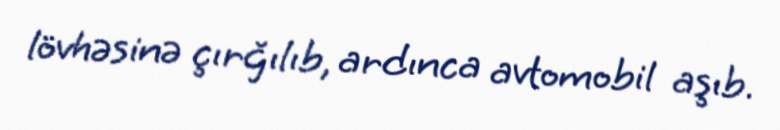
lövhəsinə çırğılıb, ardınca avtomobil aşıb.